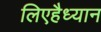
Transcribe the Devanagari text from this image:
लिएहैध्यान